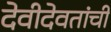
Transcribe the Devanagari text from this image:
देवीदेवतांची